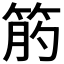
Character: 𥭖